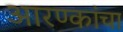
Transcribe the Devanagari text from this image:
आरण्कांचा